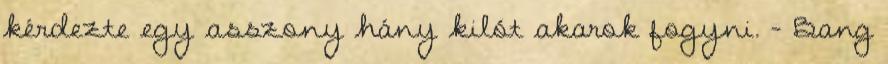
kérdezte egy asszony hány kilót akarok fogyni. - Bang